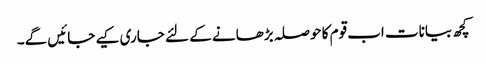
کچھ بیانات اب قوم کا حوصلہ بڑھانے کے لئے جاری کیے جائیں گے۔